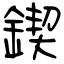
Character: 鍥